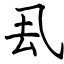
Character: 厾